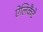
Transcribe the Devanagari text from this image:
ऐलिकैंटे